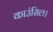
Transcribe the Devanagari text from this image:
काउंसिल।